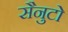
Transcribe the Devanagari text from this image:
सैनुटो